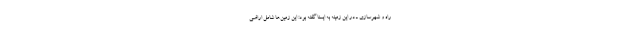
راه و شهرسازی ـ در این زمینه به ایسنا گفته بود: این زمین‌ها شامل اراضی